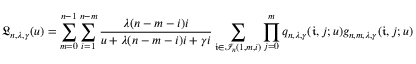
\mathfrak { L } _ { n , \lambda , \gamma } ( u ) = \sum _ { m = 0 } ^ { n - 1 } \sum _ { i = 1 } ^ { n - m } \frac { \lambda ( n - m - i ) i } { u + \lambda ( n - m - i ) i + \gamma i } \sum _ { \mathfrak { i } \in \mathcal { I } _ { n } ( 1 , m , i ) } \prod _ { j = 0 } ^ { m } q _ { n , \lambda , \gamma } ( \mathfrak { i } , j ; u ) g _ { n , m , \lambda , \gamma } ( \mathfrak { i } , j ; u )